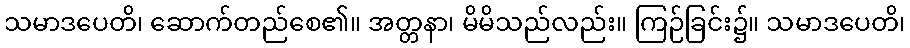
သမာဒပေတိ၊ ဆောက်တည်စေ၏။ အတ္တနာ၊ မိမိသည်လည်း။ ကြဉ်ခြင်း၌။ သမာဒပေတိ၊